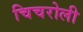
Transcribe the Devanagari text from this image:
चिचरोली